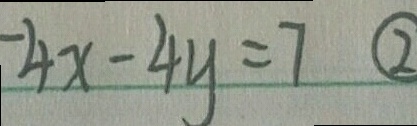
- 4 x - 4 y = 7 \textcircled { 2 }